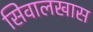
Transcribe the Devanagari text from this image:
सिवालखास